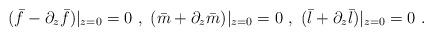
LaTeX: \begin{align*}(\bar{f}-\partial_{z}\bar{f})|_{z=0}=0 \ , \ (\bar{m}+\partial_{z}\bar{m})|_{z=0}=0 \ , \ (\bar{l}+\partial_{z}\bar{l})|_{z=0}=0 \ .\end{align*}